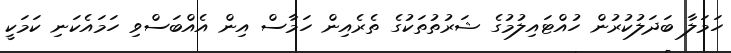
ހަމަލާ ބަދަލުކުރުން ހުއްޓައިލުމުގެ ޝަރުތުތަކުގެ ތެރެއިން ހަމާސް އިން އެއްބަސްވި ހަމައެކަނި ކަމަކީ